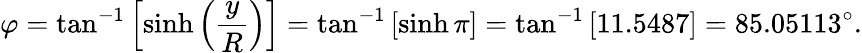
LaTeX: \varphi=\tan^{-1}\left[\sinh\left({\frac{y}{R}}\right)\right]=\tan^{-1}\left[\sinh\pi\right]=\tan^{-1}\left[11.5487\right]=85.05113^{\circ}.